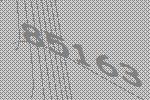
85163